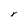
Character: r